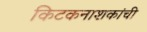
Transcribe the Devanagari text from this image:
किटकनाशकांची